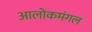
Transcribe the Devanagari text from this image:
आलोकमंगल